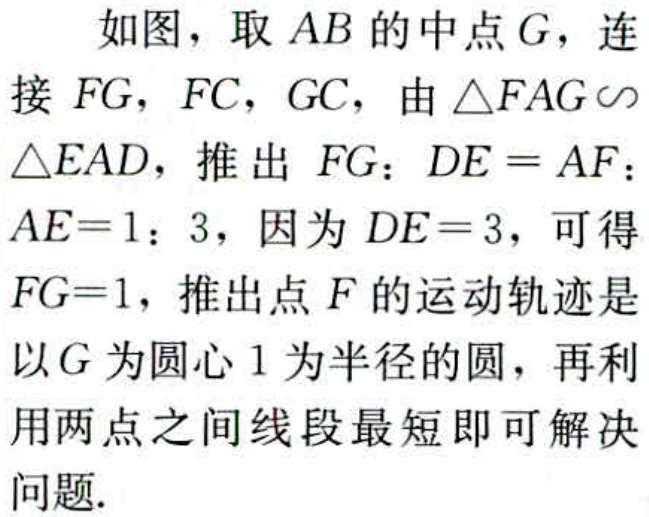
如图，取 \(AB\) 的中点 \(G\)，连接 \(FG\)，\(FC\)，\(GC\)，由 \(\triangle FAG\sim\triangle EAD\)，推出 \(FG：DE = AF：AE = 1：3\)，因为 \(DE = 3\)，可得 \(FG = 1\)，推出点 \(F\) 的运动轨迹是以 \(G\) 为圆心 \(1\) 为半径的圆，再利用两点之间线段最短即可解决问题.